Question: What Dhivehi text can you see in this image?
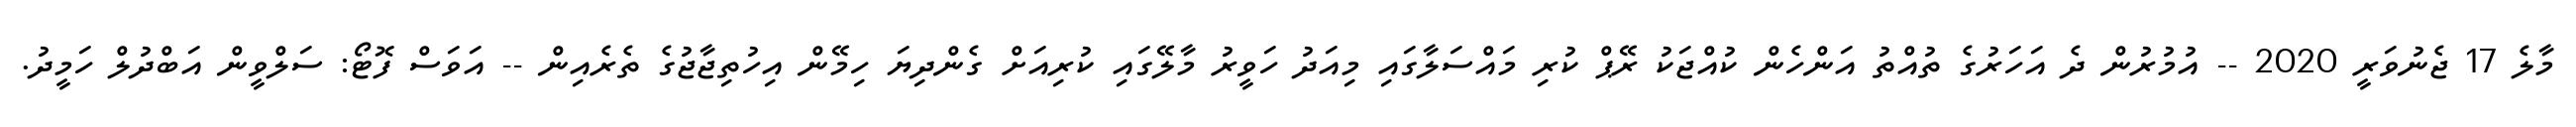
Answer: މާލެ 17 ޖެނުވަރީ 2020 -- އުމުރުން ދެ އަހަރުގެ ތުއްތު އަންހެން ކުއްޖަކު ރޭޕް ކުރި މައްސަލާގައި މިއަދު ހަވީރު މާލޭގައި ކުރިއަށް ގެންދިޔަ ހިމޭން އިހުތިޖާޖުގެ ތެރެއިން -- އަވަސް ފޮޓޯ: ސަލްވީން އަބްދުލް ހަމީދު.